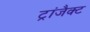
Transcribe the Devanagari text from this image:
ट्रांजैक्ट